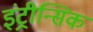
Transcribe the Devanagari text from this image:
इंट्रीन्सिक